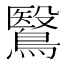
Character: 鷖